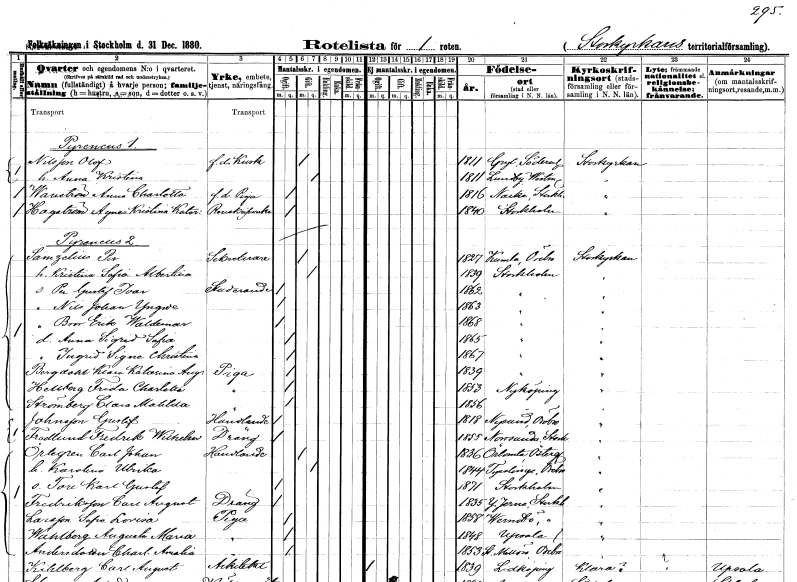
gt_parse: households: individuals: FN: Olof
EN: Nilsson
YRKE: Kusk f.d.
KON: M
CIV: G
FODAR: 1811
FODFORS: Gryt Södermanlands län
FN: Anna Kristina
KON: K
CIV: G
FODAR: 1811
FODFORS: Lundby Västmanlands län
FN: Anna Charlotta
EN: Wanström
YRKE: Piga f.d.
KON: K
CIV: O
FODAR: 1816
FODFORS: Nacka Stockholms län
FN: Agnes Kristina Katarina
EN: Hagström
YRKE: Renskriverska
KON: K
CIV: O
FODAR: 1840
FODFORS: Stockholm
FN: Per
EN: Samzelius
YRKE: Sekreterare
KON: M
CIV: G
FODAR: 1827
FODFORS: Kumla Örebro län
FN: Kristina Sofia Albertina
KON: K
CIV: G
FODAR: 1839
FODFORS: Stockholm
FN: Per Gustaf Ivar
YRKE: Studerande
KON: M
CIV: O
FODAR: 1862
FODFORS: Stockholm
FN: Nils Johan Yngve
KON: M
CIV: O
FODAR: 1863
FODFORS: Stockholm
FN: Bror Erik Waldemar
KON: M
CIV: O
FODAR: 1868
FODFORS: Stockholm
FN: Anna Sigrid Sofia
KON: K
CIV: O
FODAR: 1865
FODFORS: Stockholm
FN: Ingrid Signe Christina
KON: K
CIV: O
FODAR: 1867
FODFORS: Stockholm
FN: Klara Katarina Augusta
EN: Bergdahl
YRKE: Piga
KON: K
CIV: O
FODAR: 1839
FODFORS: Stockholm
FN: Frida Charlotta
EN: Hellberg
YRKE: Piga
KON: K
CIV: O
FODAR: 1853
FODFORS: Nyköping Södermanlands län
FN: Clara Matilda
EN: Strömberg
YRKE: Piga
KON: K
CIV: O
FODAR: 1856
FODFORS: Nyköping Södermanlands län
FN: Gustaf
EN: Johnsson
YRKE: Handlande
KON: M
CIV: O
FODAR: 1818
FODFORS: Nysund Örebro län
FN: Fredrik Wilhelm
EN: Frodlund
YRKE: Dräng
KON: M
CIV: O
FODAR: 1855
FODFORS: Norrsunda Stockholms län
FN: Carl Johan
EN: Örtegren
YRKE: Handlande
KON: M
CIV: G
FODAR: 1836
FODFORS: Örtomta Östergötlands län
FN: Karolina Ulrika
KON: K
CIV: G
FODAR: 1844
FODFORS: Tysslinge Örebro län
FN: Tore Karl Gustaf
KON: M
CIV: O
FODAR: 1871
FODFORS: Stockholm
FN: Carl August
EN: Fredriksson
YRKE: Dräng
KON: M
CIV: O
FODAR: 1835
FODFORS: Ytterjärna Stockholms län
FN: Sofia Lovisa
EN: Larsson
YRKE: Piga
KON: K
CIV: O
FODAR: 1858
FODFORS: Värmdö Stockholms län